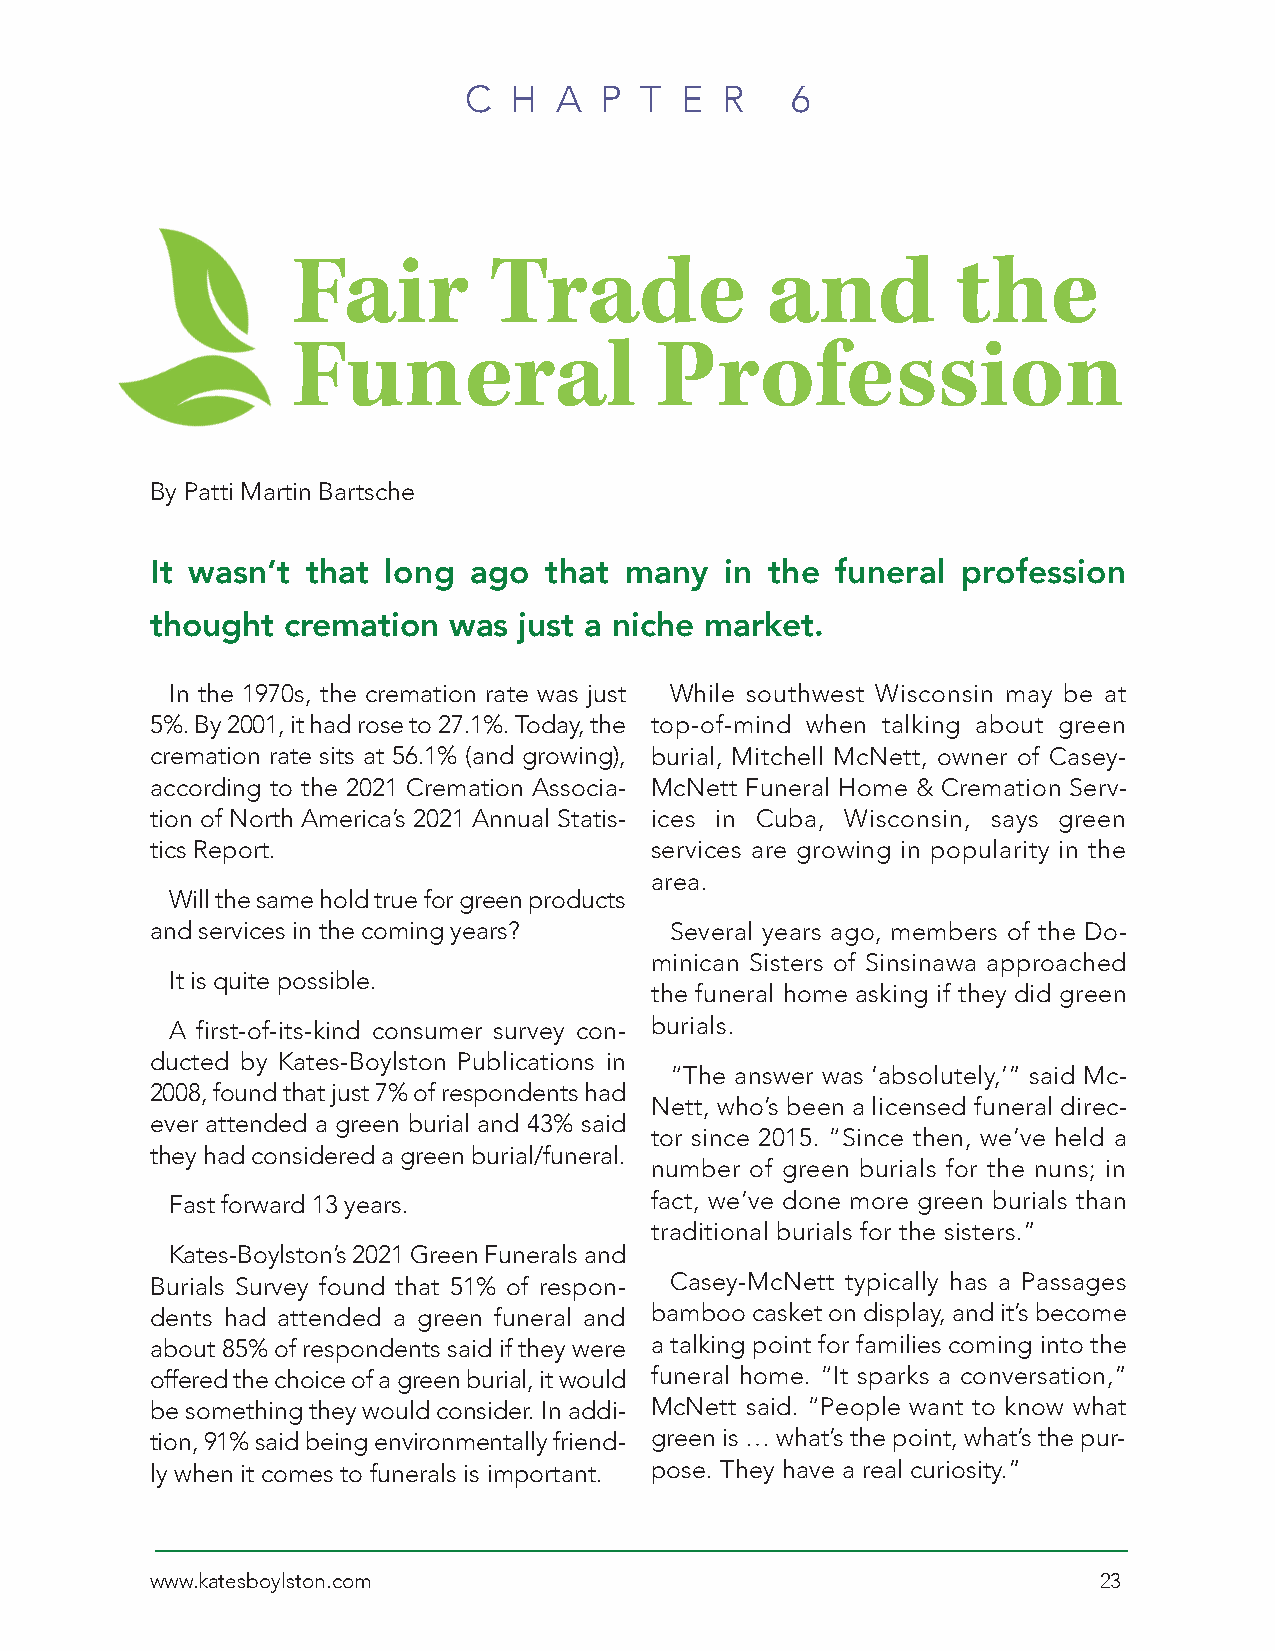
C  H  A  P T  E  R   6
 Fair         Trade              and         the
 Funeral                 Profession
 By Patti Martin Bartsche
 It wasn’t that long  ago  that many   in the funeral  profession
 thought  cremation  was just a niche market.
 In the 1970s, the cremation rate was just While southwest Wisconsin may be at
 5%. By 2001, it had rose to 27.1%. Today, the top-of-mind when talking about green
 cremation rate sits at 56.1% (and growing), burial, Mitchell McNett, owner of Casey-
 according to the 2021 Cremation Associa- McNett Funeral Home & Cremation Serv-
 tion of North America’s 2021 Annual Statis- ices in Cuba, Wisconsin, says green
 tics Report.                     services are growing in popularity in the
 area.
 Will the same hold true for green products
 and services in the coming years? Several years ago, members of the Do-
 minican Sisters of Sinsinawa approached
 It is quite possible.
 the funeral home asking if they did green
 A first-of-its-kind consumer survey con- burials.
 ducted by Kates-Boylston Publications in
 “The answer was ‘absolutely,’” said Mc-
 2008, found that just 7% of respondents had
 Nett, who’s been a licensed funeral direc-
 ever attended a green burial and 43% said
 tor since 2015. “Since then, we’ve held a
 they had considered a green burial/funeral.
 number of green burials for the nuns; in
 Fast forward 13 years.          fact, we’ve done more green burials than
 traditional burials for the sisters.”
 Kates-Boylston’s 2021 Green Funerals and
 Burials Survey found that 51% of respon- Casey-McNett typically has a Passages
 dents had attended a green funeral and bamboo casket on display, and it’s become
 about 85% of respondents said if they were a talking point for families coming into the
 offered the choice of a green burial, it would funeral home. “It sparks a conversation,”
 be something they would consider. In addi- McNett said. “People want to know what
 tion, 91% said being environmentally friend- green is … what’s the point, what’s the pur-
 ly when it comes to funerals is important. pose. They have a real curiosity.”
 www.katesboylston.com                                          23